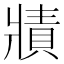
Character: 𤖓